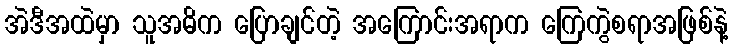
အဲဒီအထဲမှာ သူအဓိက ပြောချင်တဲ့ အကြောင်းအရာက ကြေကွဲစရာအဖြစ်နဲ့